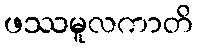
ဖဿမူလကာတိ